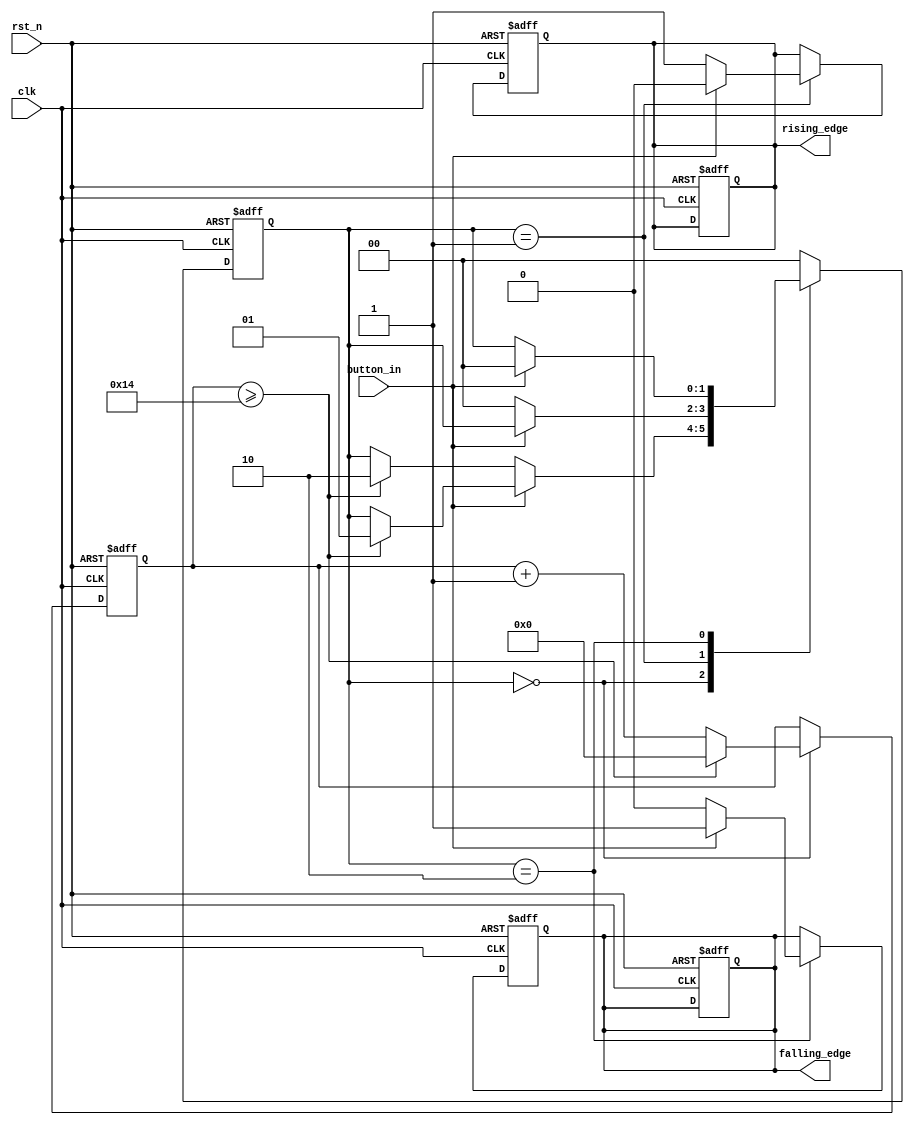
module DebouncedEdgeDetector (
    input wire clk,                // Clock signal
    input wire rst_n,              // Active-low reset
    input wire button_in,          // Input signal from the button/switch
    output reg rising_edge,        // Output signal for rising edge detection
    output reg falling_edge        // Output signal for falling edge detection
);

    // Parameter for debounce time in clock cycles
    parameter DEBOUNCE_TIME = 20; // Adjust this value based on clock frequency

    // State variables
    reg [1:0] state;               // Current state
    reg [1:0] next_state;          // Next state
    reg button_reg;                // Register to hold the debounced button state
    reg [4:0] debounce_counter;    // Counter for debounce time

    // States
    localparam IDLE = 2'b00,
               STABLE_HIGH = 2'b01,
               STABLE_LOW = 2'b10;

    // Edge detection registers
    reg button_prev;               // Previous button state

    // Sequential logic: State update and debounce counter
    always @(posedge clk or negedge rst_n) begin
        if (!rst_n) begin
            state <= IDLE;
            button_reg <= 1'b0;
            debounce_counter <= 0;
            rising_edge <= 1'b0;
            falling_edge <= 1'b0;
        end else begin
            case (state)
                IDLE: begin
                    // Check for button state to enter stable states
                    if (button_in == 1'b1) begin
                        button_reg <= 1'b1;
                        debounce_counter <= debounce_counter + 1;
                        if (debounce_counter >= DEBOUNCE_TIME) begin
                            state <= STABLE_HIGH;
                            debounce_counter <= 0;
                        end
                    end else if (button_in == 1'b0) begin
                        button_reg <= 1'b0;
                        debounce_counter <= debounce_counter + 1;
                        if (debounce_counter >= DEBOUNCE_TIME) begin
                            state <= STABLE_LOW;
                            debounce_counter <= 0;
                        end
                    end
                end
                
                STABLE_HIGH: begin
                    if (button_in == 1'b0) begin
                        state <= IDLE;
                        rising_edge <= 1'b1;   // Rising edge detected
                    end else begin
                        rising_edge <= 1'b0;   // Clear edge signal
                    end
                end
                
                STABLE_LOW: begin
                    if (button_in == 1'b1) begin
                        state <= IDLE;
                        falling_edge <= 1'b1;  // Falling edge detected
                    end else begin
                        falling_edge <= 1'b0;  // Clear edge signal
                    end
                end
                
                default: begin
                    state <= IDLE;
                end
            endcase
        end
    end

    // Output logic: Check for edges
    always @(posedge clk or negedge rst_n) begin
        if (!rst_n) begin
            rising_edge <= 1'b0;
            falling_edge <= 1'b0;
            button_prev <= 1'b0;
        end else begin
            button_prev <= button_in; // Store previous state for edge detection
        end
    end

endmodule